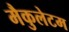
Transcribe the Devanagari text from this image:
मैकुलेटम